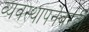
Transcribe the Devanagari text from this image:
व्यवस्थापनेवरही